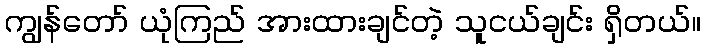
ကျွန်တော် ယုံကြည် အားထားချင်တဲ့ သူငယ်ချင်း ရှိတယ်။